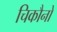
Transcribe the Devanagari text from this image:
चिकौनो